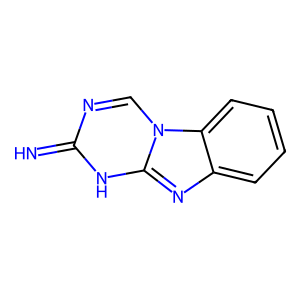
SMILES: N=c1ncn2c(nc3ccccc32)[nH]1
Inhibits HIV replication: No